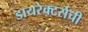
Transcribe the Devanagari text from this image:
डायरेक्टर्सची